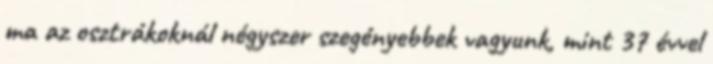
ma az osztrákoknál négyszer szegényebbek vagyunk, mint 37 évvel